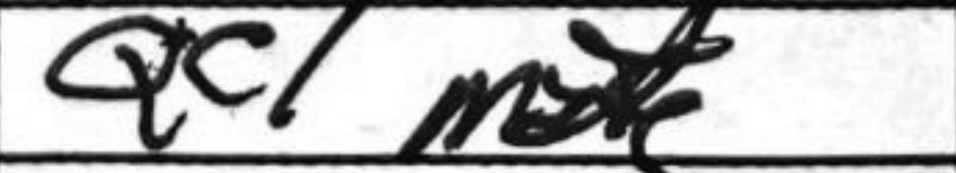
Transcription: Qc1